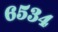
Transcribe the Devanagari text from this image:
६५३४